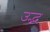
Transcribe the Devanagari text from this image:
उद्भ